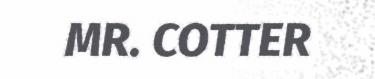
MR. COTTER